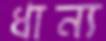
ধান্য